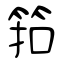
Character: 筘